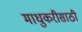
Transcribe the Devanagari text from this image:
माधुकरीसाठी